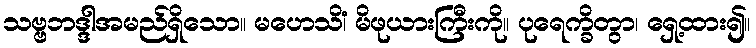
သဗ္ဗဘဒ္ဒါအမည်ရှိသော။ မဟေသိံ၊ မိဖုယားကြီးကို။ ပုရေက္ခိတွာ၊ ရှေ့ထား၍။